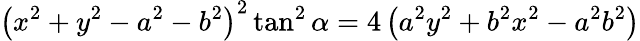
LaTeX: \left(x^{2}+y^{2}-a^{2}-b^{2}\right)^{2}\tan^{2}\alpha=4\left(a^{2}y^{2}+b^{2}x^{2}-a^{2}b^{2}\right)